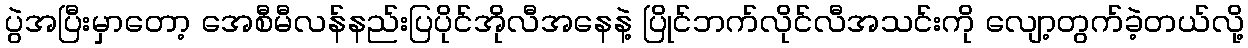
ပွဲအပြီးမှာတော့ အေစီမီလန်နည်းပြပိုင်အိုလီအနေနဲ့ ပြိုင်ဘက်လိုင်လီအသင်းကို လျော့တွက်ခဲ့တယ်လို့